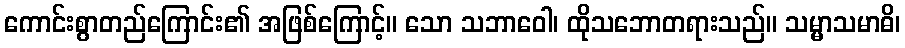
ကောင်းစွာတည်ကြောင်း၏ အဖြစ်ကြောင့်။ သော သဘာဝေါ၊ ထိုသဘောတရားသည်။ သမ္မာသမာဓိ၊